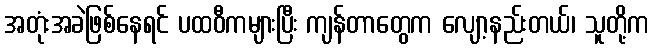
အတုံးအခဲဖြစ်နေရင် ပထဝီကများပြီး ကျန်တာတွေက လျော့နည်းတယ်၊ သူတို့က